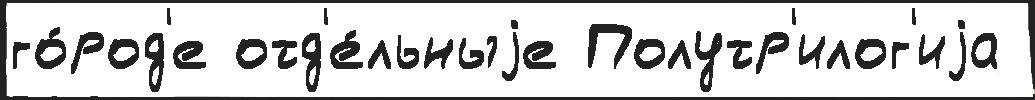
го́род'е отд'е́льныjе Полутр'илог'иjа